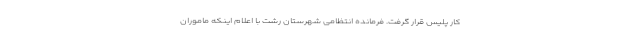
کار پلیس قرار گرفت. فرمانده انتظامی شهرستان رشت با اعلام اینکه ماموران